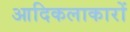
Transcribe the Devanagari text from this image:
आदिकलाकारों